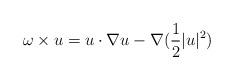
LaTeX: \begin{align*}\omega\times u = u\cdot \nabla u - \nabla (\frac 12 |u|^2) \end{align*}